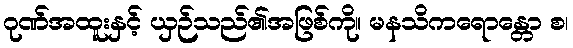
ဂုဏ်အထူးနှင့် ယှဉ်သည်၏အဖြစ်ကို။ မနသိကရောန္တော စ၊